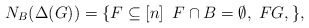
\begin{align*}N_B(\Delta(G))=\{F\subseteq [n]\:\; F\cap B=\emptyset,\;F G, \},\end{align*}